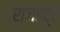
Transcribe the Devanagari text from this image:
राजहट्ट